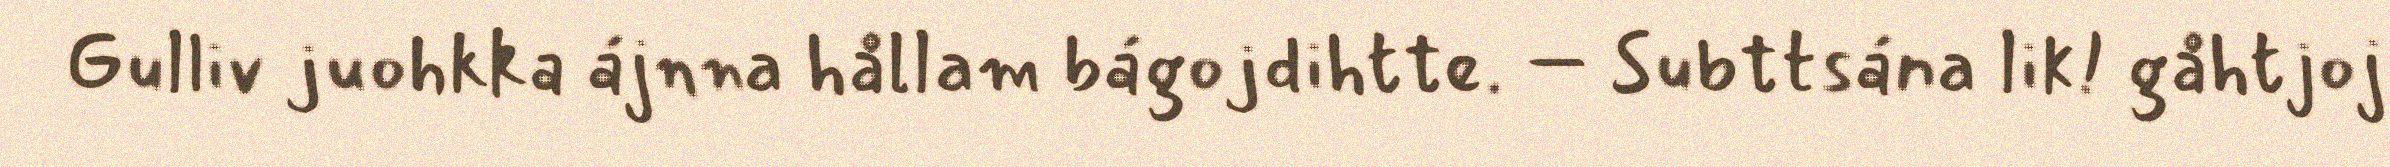
Gulliv juohkka ájnna hållam bágojdihtte. – Subttsána lik! gåhtjoj